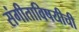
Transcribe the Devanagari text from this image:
संगीताविषयीची